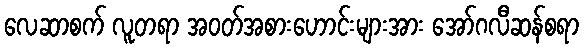
လေဆာစက် လူတရာ အဝတ်အစားဟောင်းများအား အော်ဂလီဆန်စရာ